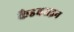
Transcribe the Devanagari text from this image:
कैडवराइन